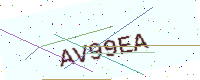
Text: AV99EA